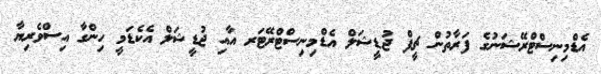
އެޑްމިނިސްޓްރޭޝަނުގެ ފަރާތުން ޗީފް ޖުޑީޝަލް އެޑްމިނިސްޓްރޭޓަރ އާއި ޖުޑީޝަލް އެކެޑަމީ ހިންގާ އިސްވެރިޔާ